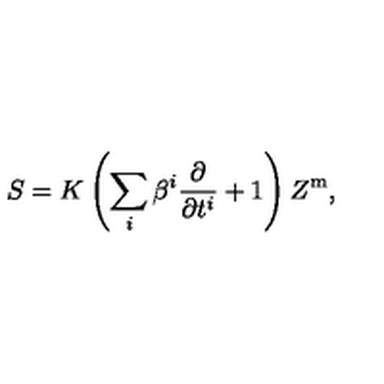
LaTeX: S = K \left( \sum _ { i } \beta ^ { i } \frac { \partial } { \partial t ^ { i } } + 1 \right) Z ^ { \mathrm { m } } ,